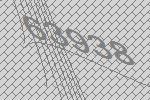
63938